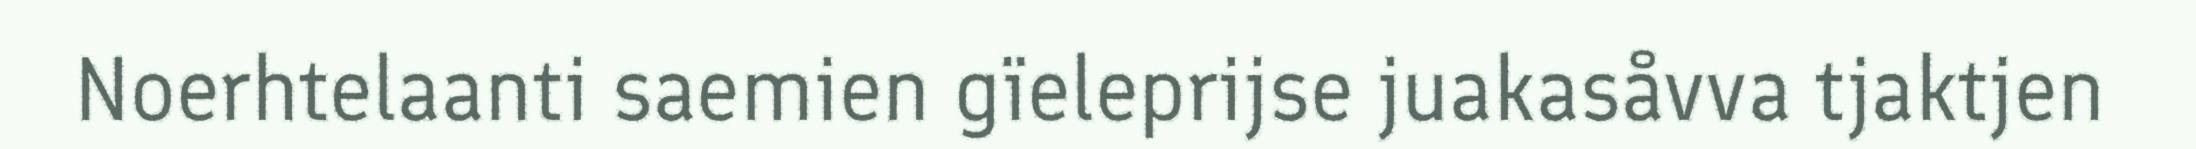
Noerhtelaanti saemien gïeleprijse juakasåvva tjaktjen